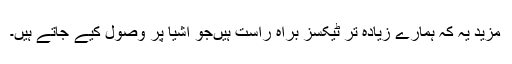
مزید یہ کہ ہمارے زیادہ تر ٹیکسز براہ ِراست ہیںجو اشیا پر وصول کیے جاتے ہیں۔